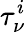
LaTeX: \tau_{\nu}^{i}